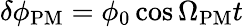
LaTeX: \delta\phi_{\mathrm{PM}}=\phi_{0}\cos\Omega_{\mathrm{PM}}t